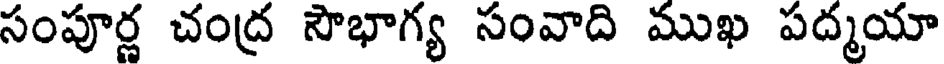
సంపూర్ణ చంద్ర సౌభాగ్య సంవాది ముఖ పద్మయా